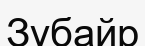
Зүбайр